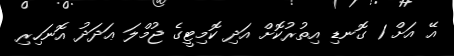
އޭ އަށް 1 ގޮނޑި އިތުރުކޮށް އަދި ކޮމިޓީގެ ޖުމްލަ ޢަދަދު އޮނަހިރި